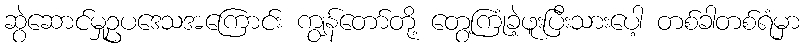
ဆွဲဆောင်မှုဥပဒေသအကြောင်း ကျွန်တော်တို့ တွေ့ကြုံခဲ့ဖူးပြီးသားပေါ့ တစ်ခါတစ်ရံမှာ